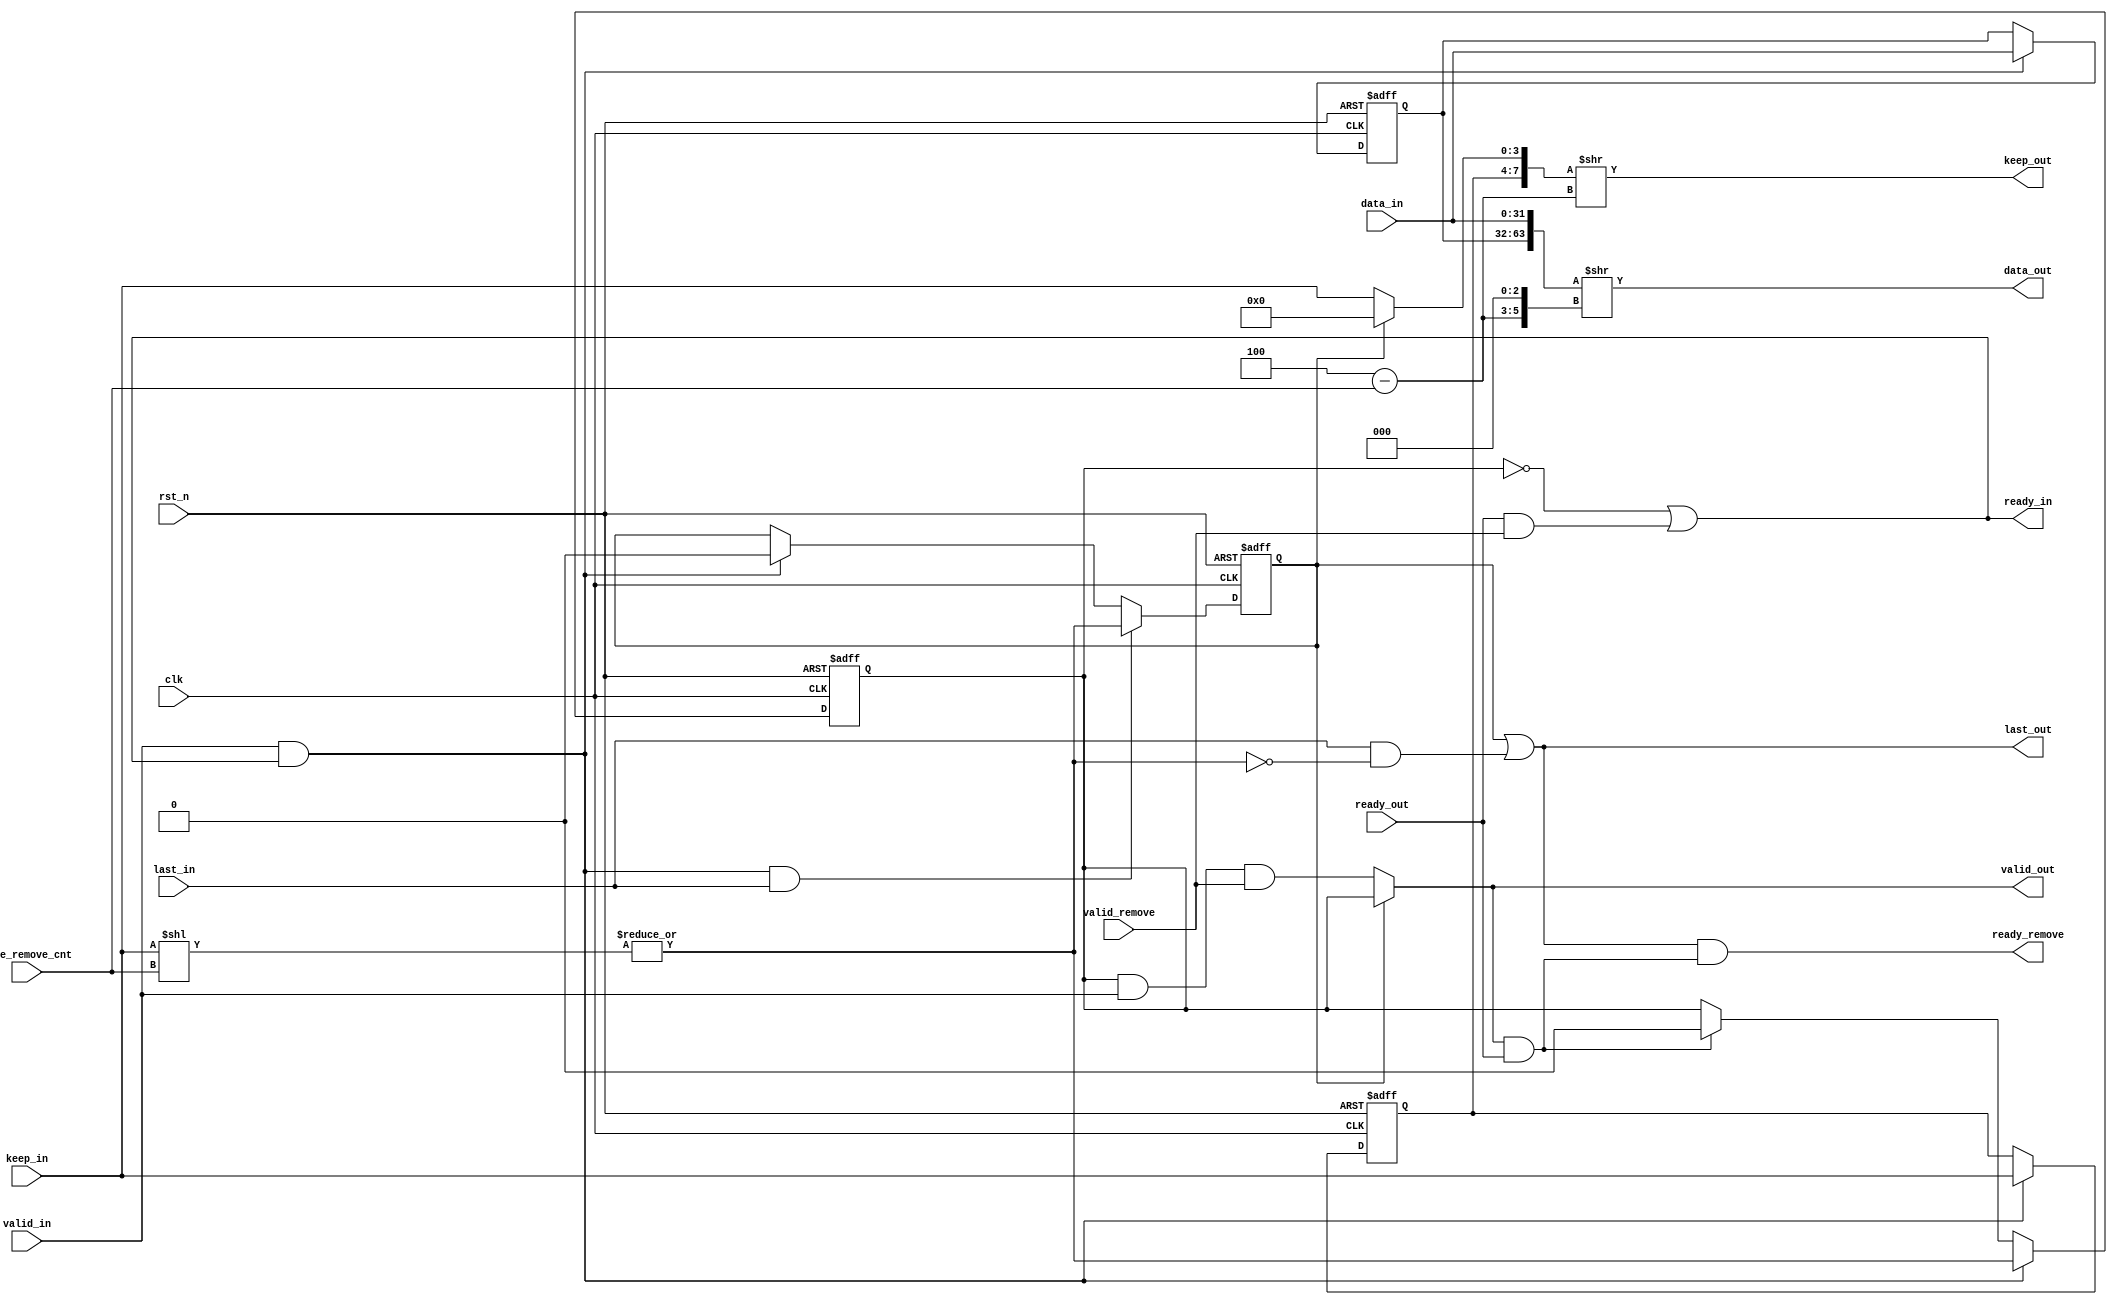
module stream_remove #(
    parameter DATA_WD = 32,           //data
    parameter DATA_BYTE_WD = DATA_WD / 8,   //keep
    parameter BYTE_CNT_WD = $clog2(DATA_BYTE_WD)   //remove
) (
    input                         clk,
    input                         rst_n,

    input                         valid_in,
    input [DATA_WD - 1 : 0]       data_in,
    input [DATA_BYTE_WD - 1 : 0]  keep_in, 
    input                         last_in,
    output                        ready_in,

    output                        valid_out,
    output [DATA_WD - 1 : 0]      data_out,  
    output [DATA_BYTE_WD - 1 : 0] keep_out,
    output                        last_out, 
    input                         ready_out,

    input                         valid_remove,
    input [BYTE_CNT_WD - 1 : 0]   byte_remove_cnt,
    output                        ready_remove
);

    localparam DATA_BIT_WD = $clog2(DATA_WD); //data

    reg                        valid_in_r;
    reg [DATA_WD - 1 : 0]      data_in_r;
    reg [DATA_BYTE_WD - 1 : 0] keep_in_r;

    wire fire_in = valid_in && ready_in;
    wire fire_out = valid_out && ready_out;
    wire fire_remove = valid_remove && ready_remove;

    reg first_beat_r;
    reg extra_last_beat_r;

    wire [DATA_BYTE_WD - 1 : 0]   keep_nothing = {DATA_BYTE_WD{1'b0}};
    wire [2*DATA_WD - 1 : 0]      double_data = {data_in_r, data_in};
    wire [2*DATA_BYTE_WD - 1 : 0] double_keep = extra_last_beat_r ? 
                                                {keep_in_r , keep_nothing} : 
                                                {keep_in_r, keep_in};

    wire [BYTE_CNT_WD : 0] data_byte_cnt = DATA_BYTE_WD;
    wire [BYTE_CNT_WD : 0] right_shift_byte_cnt = data_byte_cnt - byte_remove_cnt;
    wire [DATA_BIT_WD : 0] right_shift_bit_cnt = right_shift_byte_cnt << 3;

    wire [DATA_BYTE_WD - 1 : 0] next_beat_keep = keep_in << byte_remove_cnt;
    wire                        has_extra_beat = |next_beat_keep;

    assign  data_out = double_data >> right_shift_bit_cnt;
    assign  keep_out = double_keep >> right_shift_byte_cnt;

    assign ready_in = !valid_in_r || (ready_out && valid_remove); // /readyremovevalid
    assign valid_out = extra_last_beat_r ? valid_in_r : (valid_in_r && valid_in && valid_remove); // valid_r
    assign last_out = extra_last_beat_r || (last_in && !has_extra_beat); // /
    assign ready_remove = last_out && fire_out; // fireremovedata

    //always
    always @(posedge clk or negedge rst_n) begin
        if(!rst_n) begin
            first_beat_r <= 1'b1;
        end
        else if(fire_in && last_in) begin          //first_beat
            first_beat_r <= 1'b1;
        end
        else if(fire_in) begin
            first_beat_r <= 1'b0;
        end
    end                                 //fire_infire
    
    always @(posedge clk or negedge rst_n) begin
        if(!rst_n) begin
            extra_last_beat_r <= 1'b0;
        end
        else if(fire_in && last_in) begin
            extra_last_beat_r <= has_extra_beat;
        end
        else if(fire_in) begin
            extra_last_beat_r <= 1'b0;
        end
    end

    always @(posedge clk or negedge rst_n) begin
        if(!rst_n) begin
            valid_in_r <= 1'b0;
            data_in_r <= 'b0;
            keep_in_r <= 'b0;
        end
        else begin
            if(fire_out) begin
                valid_in_r <= 1'b0;
            end
            if(fire_in) begin
                valid_in_r <= has_extra_beat;  // valid_in_rhas_extra_beat
                data_in_r <= data_in;
                keep_in_r <= keep_in;
            end
        end
    end

endmodule